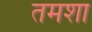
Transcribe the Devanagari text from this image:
तमशा